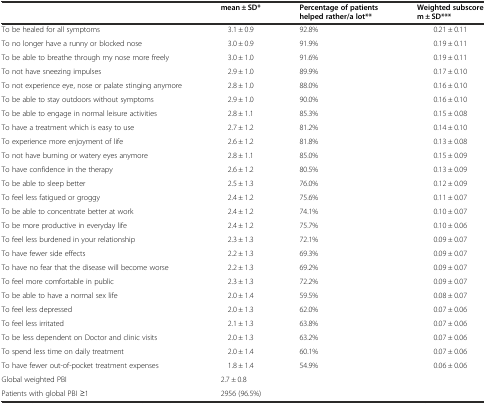
<table><thead><tr><td></td><td><b>mean ± SD*</b></td><td><b>Percentage of patients helped rather/a lot**</b></td><td><b>Weighted subscore m ± SD***</b></td></tr></thead><tbody><tr><td>To be healed for all symptoms</td><td>3.1 ± 0.9</td><td>92.8%</td><td>0.21 ± 0.11</td></tr><tr><td>To no longer have a runny or blocked nose</td><td>3.0 ± 0.9</td><td>91.9%</td><td>0.19 ± 0.11</td></tr><tr><td>To be able to breathe through my nose more freely</td><td>3.0 ± 1.0</td><td>91.6%</td><td>0.19 ± 0.11</td></tr><tr><td>To not have sneezing impulses</td><td>2.9 ± 1.0</td><td>89.9%</td><td>0.17 ± 0.10</td></tr><tr><td>To not experience eye, nose or palate stinging anymore</td><td>2.8 ± 1.0</td><td>88.0%</td><td>0.16 ± 0.10</td></tr><tr><td>To be able to stay outdoors without symptoms</td><td>2.9 ± 1.0</td><td>90.0%</td><td>0.16 ± 0.10</td></tr><tr><td>To be able to engage in normal leisure activities</td><td>2.8 ± 1.1</td><td>85.3%</td><td>0.15 ± 0.08</td></tr><tr><td>To have a treatment which is easy to use</td><td>2.7 ± 1.2</td><td>81.2%</td><td>0.14 ± 0.10</td></tr><tr><td>To experience more enjoyment of life</td><td>2.6 ± 1.2</td><td>81.8%</td><td>0.13 ± 0.08</td></tr><tr><td>To not have burning or watery eyes anymore</td><td>2.8 ± 1.1</td><td>85.0%</td><td>0.15 ± 0.09</td></tr><tr><td>To have confidence in the therapy</td><td>2.6 ± 1.2</td><td>80.5%</td><td>0.13 ± 0.09</td></tr><tr><td>To be able to sleep better</td><td>2.5 ± 1.3</td><td>76.0%</td><td>0.12 ± 0.09</td></tr><tr><td>To feel less fatigued or groggy</td><td>2.4 ± 1.2</td><td>75.6%</td><td>0.11 ± 0.07</td></tr><tr><td>To be able to concentrate better at work</td><td>2.4 ± 1.2</td><td>74.1%</td><td>0.10 ± 0.07</td></tr><tr><td>To be more productive in everyday life</td><td>2.4 ± 1.2</td><td>75.7%</td><td>0.10 ± 0.06</td></tr><tr><td>To feel less burdened in your relationship</td><td>2.3 ± 1.3</td><td>72.1%</td><td>0.09 ± 0.07</td></tr><tr><td>To have fewer side effects</td><td>2.2 ± 1.3</td><td>69.3%</td><td>0.09 ± 0.07</td></tr><tr><td>To have no fear that the disease will become worse</td><td>2.2 ± 1.3</td><td>69.2%</td><td>0.09 ± 0.07</td></tr><tr><td>To feel more comfortable in public</td><td>2.3 ± 1.3</td><td>72.2%</td><td>0.09 ± 0.07</td></tr><tr><td>To be able to have a normal sex life</td><td>2.0 ± 1.4</td><td>59.5%</td><td>0.08 ± 0.07</td></tr><tr><td>To feel less depressed</td><td>2.0 ± 1.3</td><td>62.0%</td><td>0.07 ± 0.06</td></tr><tr><td>To feel less irritated</td><td>2.1 ± 1.3</td><td>63.8%</td><td>0.07 ± 0.06</td></tr><tr><td>To be less dependent on Doctor and clinic visits</td><td>2.0 ± 1.3</td><td>63.2%</td><td>0.07 ± 0.06</td></tr><tr><td>To spend less time on daily treatment</td><td>2.0 ± 1.4</td><td>60.1%</td><td>0.07 ± 0.06</td></tr><tr><td>To have fewer out-of-pocket treatment expenses</td><td>1.8 ± 1.4</td><td>54.9%</td><td>0.06 ± 0.06</td></tr><tr><td>Global weighted PBI</td><td colspan="3">2.7 ± 0.8</td></tr><tr><td>Patients with global PBI ≥1</td><td colspan="3">2956 (96.5%)</td></tr></tbody></table>